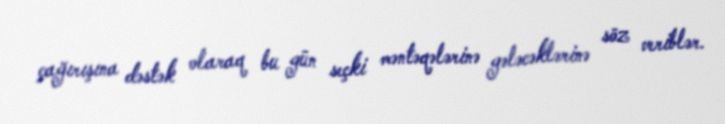
çağırışına dəstək olaraq bu gün seçki məntəqələrinə gələcəklərinə söz veriblər.